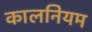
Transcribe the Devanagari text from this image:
कालनियम